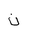
Letter: _non